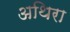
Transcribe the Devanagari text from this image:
अथिरा